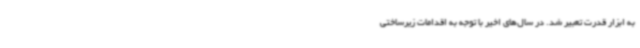
به ابزار قدرت تعبیر شد. در سال‌های اخیر با توجه به اقدامات زیرساختی